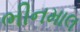
ભીનમાલ